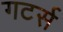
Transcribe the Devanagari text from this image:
गटर्स